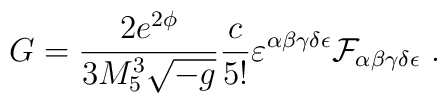
G = {2 e^{2\phi}\over 3M_5^3 \sqrt{-g}}{c\over 5!}     \varepsilon ^{\alpha \beta \gamma \delta \epsilon }     {\cal F}_{\alpha \beta \gamma \delta \epsilon } \ .